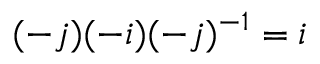
( - j ) ( - i ) ( - j ) ^ { - 1 } = i